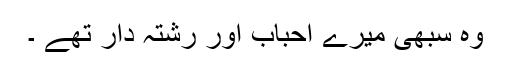
وہ سبھی میرے احباب اور رشتہ دار تھے ۔